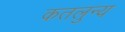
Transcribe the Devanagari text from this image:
कतलुन्य